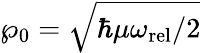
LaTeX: \wp_{0}=\sqrt{\hbar\mu\omega_{\mathrm{rel}}/2}